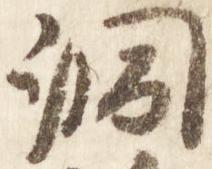
洞